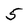
Character: 5